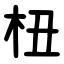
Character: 杻